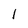
Character: l